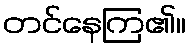
တင်နေကြ၏။